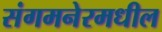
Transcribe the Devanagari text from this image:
संगमनेरमधील